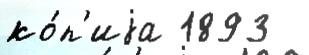
ко́п'иjа 1893